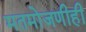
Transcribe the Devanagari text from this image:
मतमोजणीही